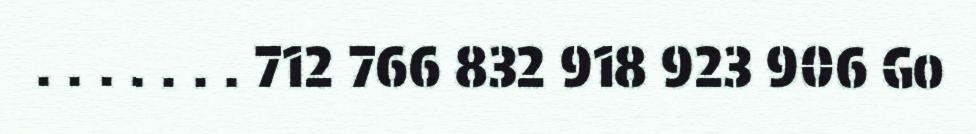
. . . . . . . 712 766 832 918 923 906 Go